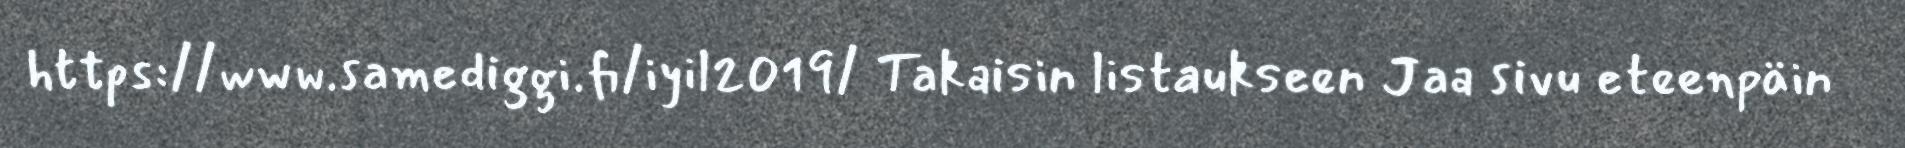
https://www.samediggi.fi/iyil2019/ Takaisin listaukseen Jaa sivu eteenpäin